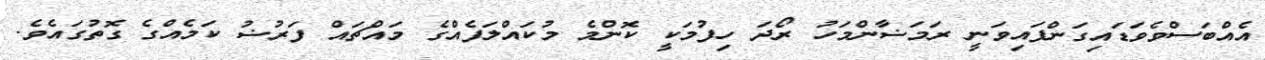
އެއްބަސްވެވަޑައިގަންފައިވަނީ ރަމަޟާންމަހު ރޯދަ ހިފުމަކީ ކޮންމެ މުކައްލަފެއްގެ މައްޗައް ފަރުޟު ކަމެއްގެ ގޮތުގައެވެ.